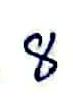
8